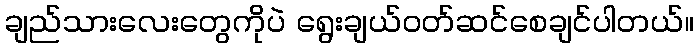
ချည်သားလေးတွေကိုပဲ ရွေးချယ်ဝတ်ဆင်စေချင်ပါတယ်။